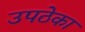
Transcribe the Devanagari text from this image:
उपठेका